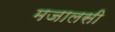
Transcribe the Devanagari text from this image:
मजालसी